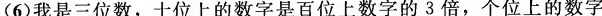
(6)我是三位数，十位上的数字是百位上数字的3倍，个位上的数字